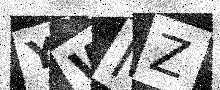
Text: YWMZ